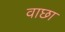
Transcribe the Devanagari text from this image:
वाछा